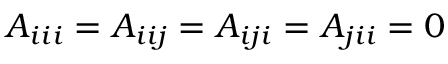
A _ { i i i } = A _ { i i j } = A _ { i j i } = A _ { j i i } = 0